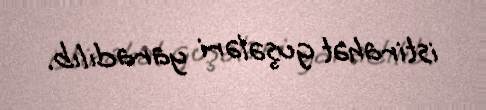
istirahət guşələri yaradılıb.